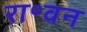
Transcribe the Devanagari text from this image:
रा॰वन